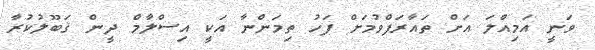
ވަނީ އަމިއްލަ އަށް ތައާރަފްވުމަށް ފަހު ތިމަންނާ އަކީ އިސްލާމް ދީން ޤަބޫލުކުރާ